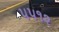
૫૫૧૨